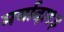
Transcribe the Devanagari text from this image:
मर्यादा१३